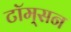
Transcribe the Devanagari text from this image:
टॉम्‌सन